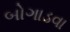
બોગાડવા